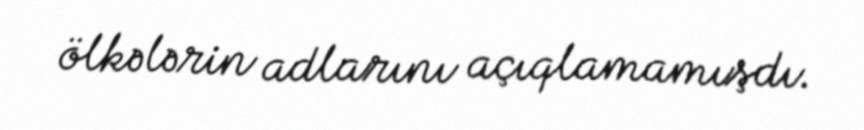
ölkələrin adlarını açıqlamamışdı.